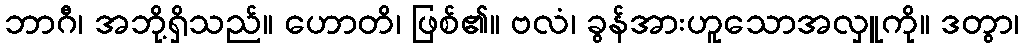
ဘာဂီ၊ အဘို့ရှိသည်။ ဟောတိ၊ ဖြစ်၏။ ဗလံ၊ ခွန်အားဟူသောအလှူကို။ ဒတွာ၊